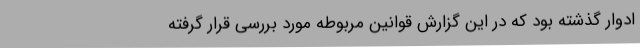
ادوار گذشته بود که در این گزارش قوانین مربوطه مورد بررسی قرار گرفته